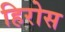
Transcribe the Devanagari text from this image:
हिरोस